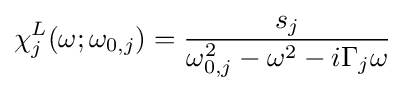
\chi _{j}^{L}(\omega ;\omega _{0,j})={\frac {s_{j}}{\omega _{0,j}^{2}-\omega ^{2}-i\Gamma _{j}\omega }}